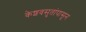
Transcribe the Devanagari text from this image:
केशवसुतांपासून